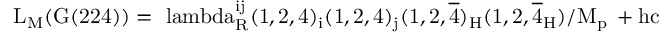
\mathrm { { \cal L } _ { M } ( G ( 2 2 4 ) ) = \ l a m b d a _ { R } ^ { i j } ( 1 , 2 , 4 ) _ { i } ( 1 , 2 , 4 ) _ { j } ( 1 , 2 , \overline { { { 4 } } } ) _ { H } ( 1 , 2 , \overline { { { 4 } } } _ { H } ) / M _ { p \ell } + h c }